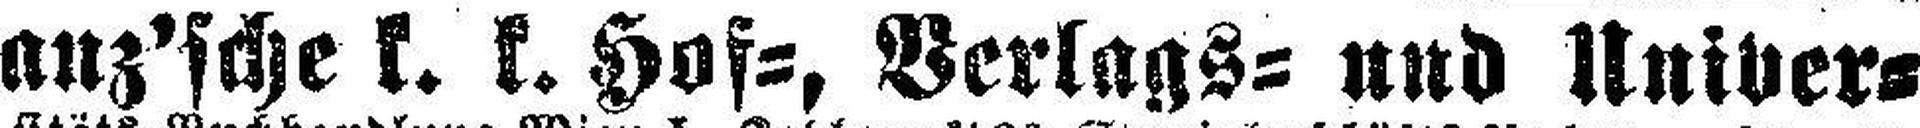
Manz'sche k. k. Hof=, Verlags= und Univer¬